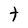
Character: t